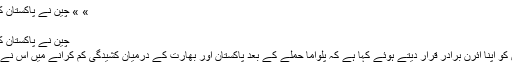
» » چین نے پاکستان کو اپنا آئرن برادر قرار دیدیا
Total Hits : 282482
چین نے پاکستان کو اپنا آئرن برادر قرار دیدیا
اسلام اآباد: چین نے پاکستان کو اپنا آئرن برادر قرار دیتے ہوئے کہا ہے کہ پلواما حملے کے بعد پاکستان اور بھارت کے درمیان کشیدگی کم کرانے میں اس نے تعمیری کردار ادا کیا ہے ۔